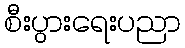
စီးပွားရေးပညာ